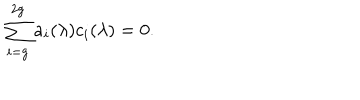
\sum _ { i = g } ^ { 2 g } a _ { i } ( \lambda ) c _ { i } ( \lambda ) = 0 .